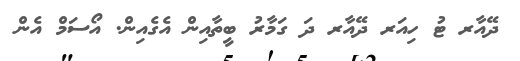
ދޭއާރ ޓު ހިއަރ ދޭއާރ ދަ ގަމާރު ބީތާއިން އެގެއިން. އޯސަމް އެން